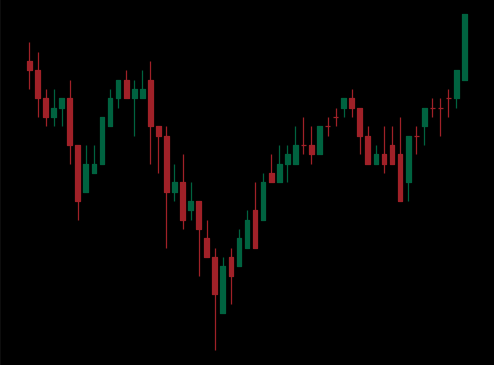
Pattern: inverse_head_shoulders